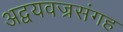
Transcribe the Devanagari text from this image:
अद्वयवज्रसंगह